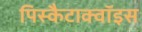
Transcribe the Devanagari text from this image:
पिस्कैटाक्वॉइस